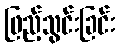
ဖြည့်သွင်းခြင်း